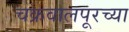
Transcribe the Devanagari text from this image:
चक्रवालपूरच्या